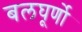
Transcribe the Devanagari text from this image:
बलघूर्णो